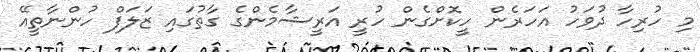
މި ހުރިހާ ދުވަހު އަހަރެން ހީކޮށްގެން ހުރީ އަރީޝާމެންގެ ގާތުގައި ޒަލަފް ހުންނާތީއޭ